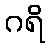
ဂရိ